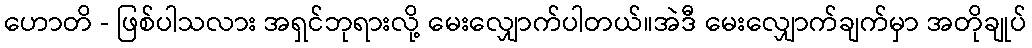
ဟောတိ - ဖြစ်ပါသလား အရှင်ဘုရားလို့ မေးလျှောက်ပါတယ်။အဲဒီ မေးလျှောက်ချက်မှာ အတိုချုပ်